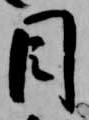
目